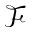
\mathcal { F }